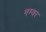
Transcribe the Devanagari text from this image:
नम्वर